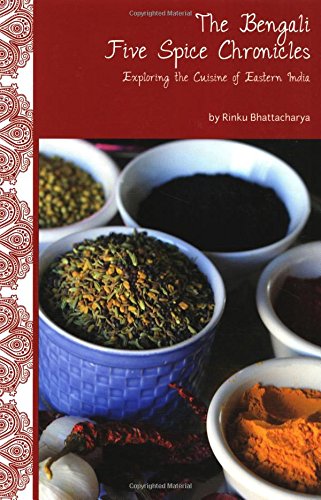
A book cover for The Bengali Five Spice Chronicles; Rinku Bhattacharya; Cookbooks, Food & Wine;